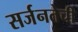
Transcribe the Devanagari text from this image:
सर्जनतेची